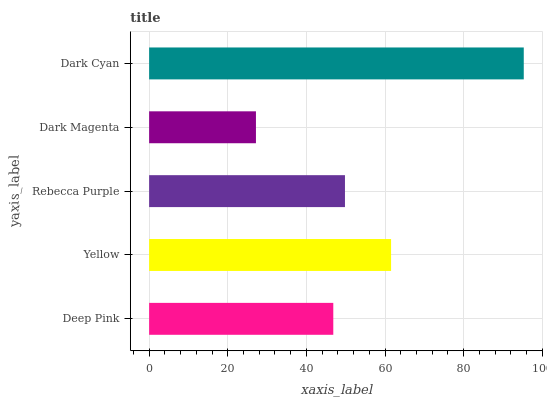
| yaxis_label | bars |
 | --- | --- |
 | Deep Pink | 46.8 |
 | Yellow | 61.5 |
 | Rebecca Purple | 49.8 |
 | Dark Magenta | 27.2 |
 | Dark Cyan | 95.3 |